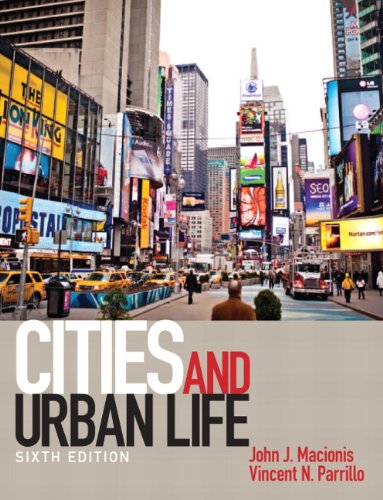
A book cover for Cities and Urban Life (6th Edition); John J. Macionis; Politics & Social Sciences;